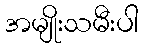
အမျိုးသမီးပါ